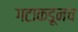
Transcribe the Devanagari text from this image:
गटाकडूनच